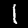
Label: 1